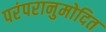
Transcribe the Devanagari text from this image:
परंपरानुमोदित